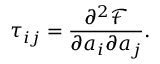
\tau _ { i j } = \frac { \partial ^ { 2 } \mathcal { F } } { \partial a _ { i } \partial a _ { j } } .